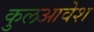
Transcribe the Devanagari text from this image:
कुलआवेश